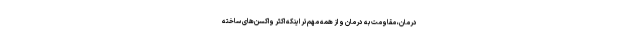
درمان، مقاومت به درمان و از همه مهم‌تر اینکه اکثر واکسن‌های ساخته